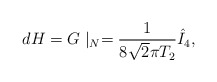
\begin{align*}d H = G\mid_N = {1\over 8\sqrt{2} \pi T_2} \hat{I}_4,\end{align*}